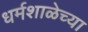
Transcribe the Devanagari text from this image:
धर्मशाळेच्या